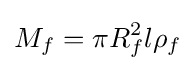
M_{f}=\pi R_{f}^{2}l\rho _{f}